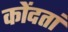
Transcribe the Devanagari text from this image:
कोंदतां